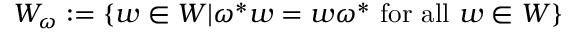
W _ { \omega } : = \{ w \in W | \omega ^ { * } w = w \omega ^ { * } \mathrm { ~ f o r ~ a l l ~ } w \in W \}